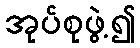
အုပ်စုဖွဲ့၍